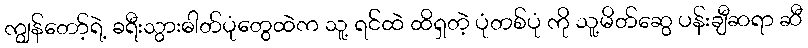
ကျွန်တော့်ရဲ့ ခရီးသွားဓါတ်ပုံတွေထဲက သူ့ ရင်ထဲ ထိရှတဲ့ ပုံတစ်ပုံ ကို သူ့မိတ်ဆွေ ပန်းချီဆရာ ဆီ